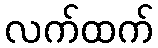
လက်ထက်